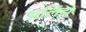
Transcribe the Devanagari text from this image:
अलिझे